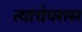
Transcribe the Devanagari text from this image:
त्याचेपरास